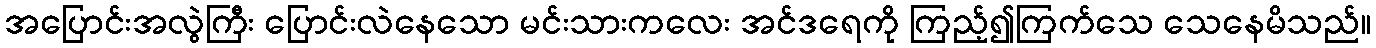
အပြောင်းအလွဲကြီး ပြောင်းလဲနေသော မင်းသားကလေး အင်ဒရေကို ကြည့်၍ကြက်သေ သေနေမိသည်။